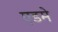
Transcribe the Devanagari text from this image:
एडमे